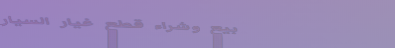
بيع وشراء قطع غيار السيار